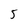
Character: 5